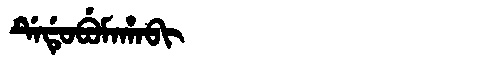
Manchu: ᡩᡝᡩᡠᠪᡠᠮᠠᡥᠠᠪᡳ
Romanization: DEDUBUMAHABI